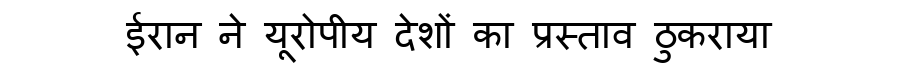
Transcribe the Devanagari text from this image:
ईरान ने यूरोपीय देशों का प्रस्ताव ठुकराया